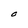
Character: O